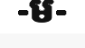
-ម-